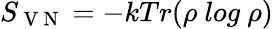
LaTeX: \textit{S}_{\mathrm{~V~N~}}=-kTr(\rho\mathrm{~}log\mathrm{~}\rho)